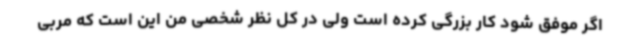
اگر موفق شود کار بزرگی کرده است ولی در کل نظر شخصی من این است که مربی